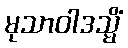
မုသာဝါဒသ္မိံ